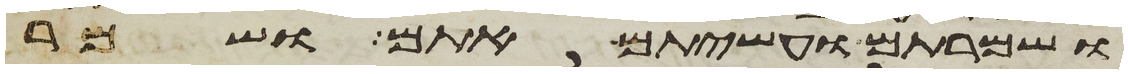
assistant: ושמרתם ועשיתם אתם ושמר